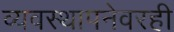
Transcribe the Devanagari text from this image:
व्यवस्थापनेवरही